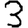
Digit: 3